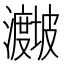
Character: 𪸁